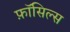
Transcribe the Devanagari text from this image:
फ़ॉसिल्स